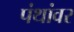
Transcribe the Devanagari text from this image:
पंथांवर